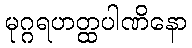
မုဂ္ဂရဟတ္ထပါဏိနော